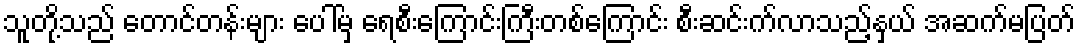
သူတို့သည် တောင်တန်းများ ပေါ်မှ ရေစီးကြောင်းကြီးတစ်ကြောင်း စီးဆင်းက်လာသည့်နှယ် အဆက်မပြတ်